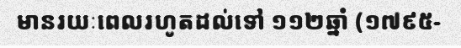
មានរយៈពេលរហូតដល់ទៅ ១១២ឆ្នាំ (១៧៩៥-